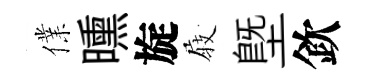
㒒曛旋𡲆塈欽